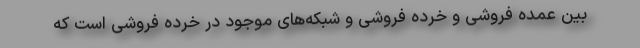
بین عمده فروشی و خرده فروشی و شبکه‌های موجود در خرده فروشی است که